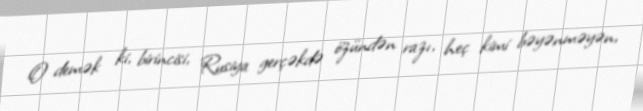
O demək ki, birincisi, Rusiya gerçəkdə özündən razı, heç kimi bəyənməyən,